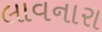
લાવનારા